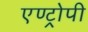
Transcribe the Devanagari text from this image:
एण्ट्रोपी